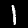
Digit: 1